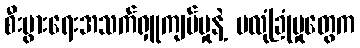
စီးပွားရေးအသက်ရှူကျပ်မှုနဲ့ မလုံခြုံမှုတွေက